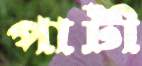
পাটী